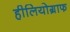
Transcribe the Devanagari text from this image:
हीलियोग्राफ